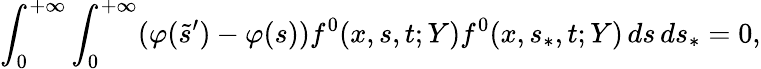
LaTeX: \int_{0}^{+\infty}\int_{0}^{+\infty}(\varphi(\tilde{s}^{\prime})-\varphi(s))f^{0}(x,s,t;Y)f^{0}(x,s_{\ast},t;Y)\, ds\, ds_{\ast}=0,